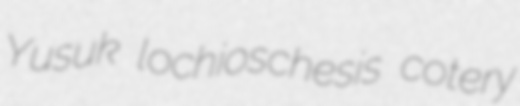
Yusuk lochioschesis cotery